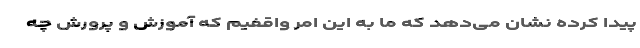
پیدا کرده نشان می‌دهد که ما به این امر واقفیم که آموزش و پرورش چه